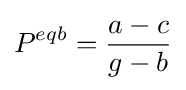
P^{eqb}={\frac {a-c}{g-b}}